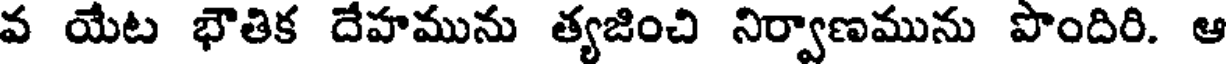
వ యేట భౌతిక దేహమును త్యజించి నిర్వాణమును పొందిరి. ఆ